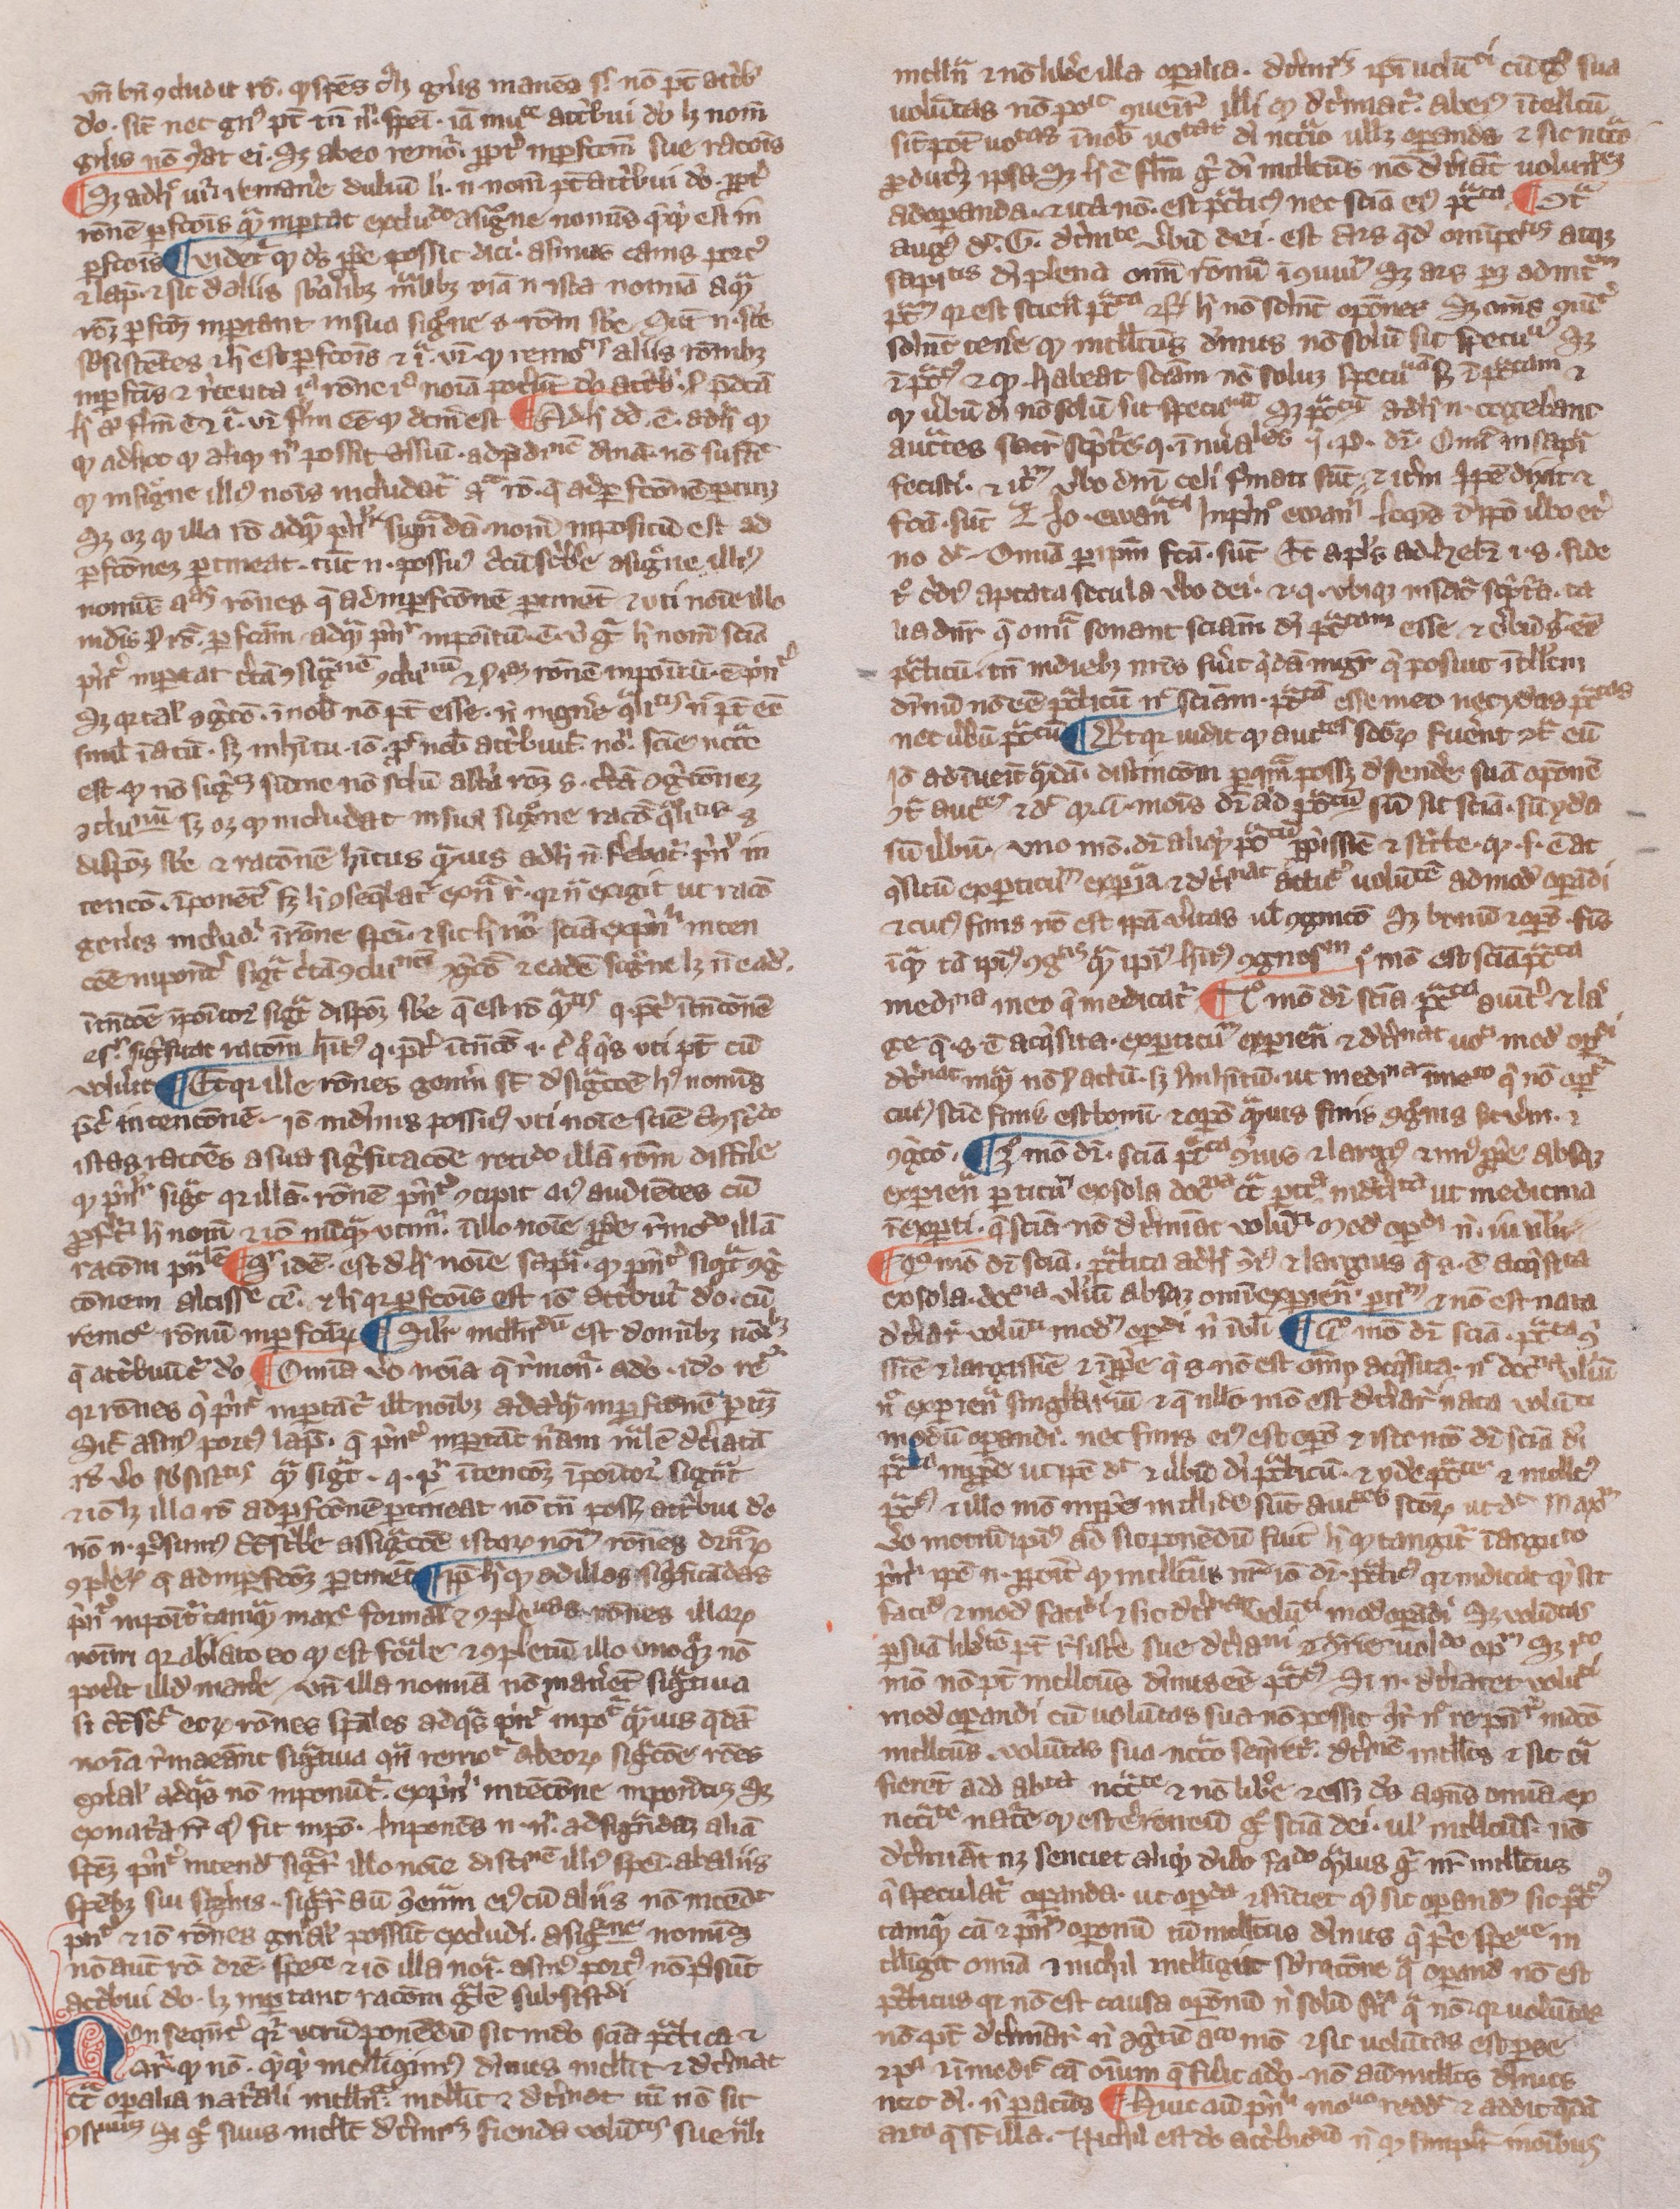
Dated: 1300–1399